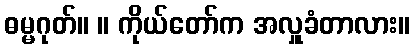
ဓမ္မဂုတ်။ ။ ကိုယ်တော်က အလှူခံတာလား။